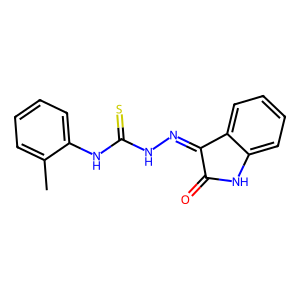
SMILES: Cc1ccccc1NC(=S)NN=C1C(=O)Nc2ccccc21
Inhibits HIV replication: No